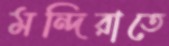
মন্দিরাতে